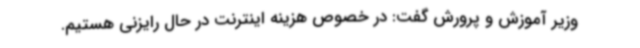
وزیر آموزش‌ و پرورش گفت: در خصوص هزینه اینترنت در حال رایزنی هستیم.